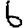
Digit: 6